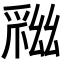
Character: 𢇏